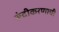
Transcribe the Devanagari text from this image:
रूंदीकरणाची